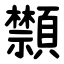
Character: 䫴